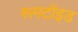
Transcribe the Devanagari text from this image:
रूमटॉइड